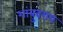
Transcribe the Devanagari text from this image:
शांबुवराय